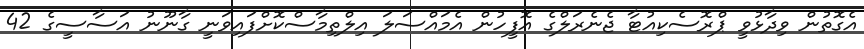
އެގޮތުން ވިދާޅުވީ ޕްރޮސެކިއުޓާ ޖެނެރަލްގެ އޮފީހުން އެމައްސަލަ އިލްތިމާސްކޮށްފައިވަނީ ގާނޫނު އަސާސީގެ 42